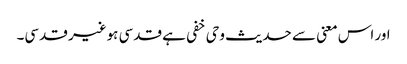
اور اس معنی سے حدیث وحی خفی ہے قدسی ہوغیر قدسی۔